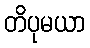
တိပုမယာ